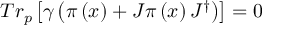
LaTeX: T r _ { p } \left[ \gamma \left( \pi \left( x \right) + J \pi \left( x \right) J ^ { \dagger } \right) \right] = 0